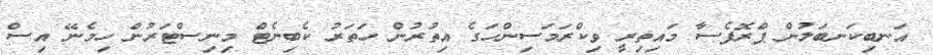
އަނބިކަނބަލުން ޕްރޮފެސާ މައިތިރީ ވިކްރަމަސިންހަގެ އިތުރުން ހަތަރު ކެބިނެޓް މިނިސްޓަރުން ހިމެނޭ އިސް